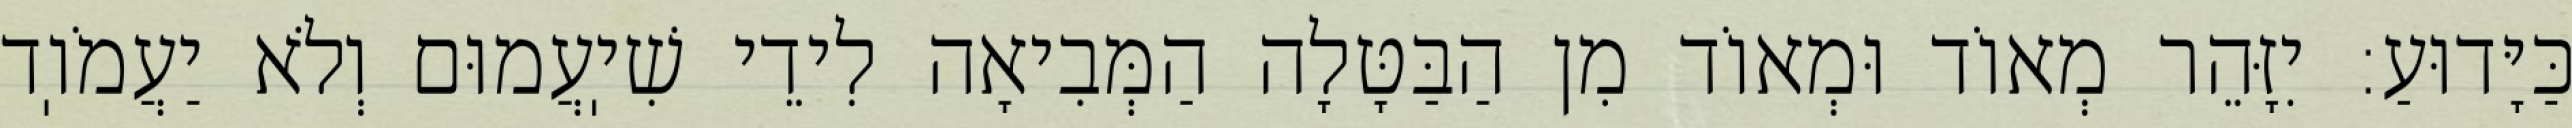
כַּיָּדוּעַ: יִזָּהֵר מְאוֹד וּמְאוֹד מִן הַבַּטָּלָה הַמְּבִיאָה לִידֵי שִׁיֽעֲמוּם וְלֹא יַעֲמֹוֽד